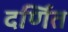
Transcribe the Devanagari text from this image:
दर्णित